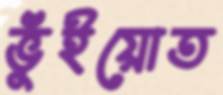
ভুঁইয়োত